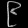
Digit: ၉